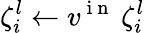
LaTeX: \zeta_{i}^{l}\gets v^{\mathrm{~i~n~}}\: \zeta_{i}^{l}